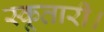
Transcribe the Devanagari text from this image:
स्कूतारी।